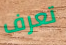
تعرف